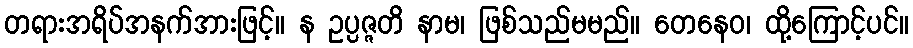
တရားအရိပ်အနက်အားဖြင့်။ န ဥပ္ပဇ္ဇတိ နာမ၊ ဖြစ်သည်မမည်။ တေနေဝ၊ ထို့ကြောင့်ပင်။